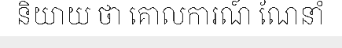
និយាយ ថា គោលការណ៍ ណែនាំ